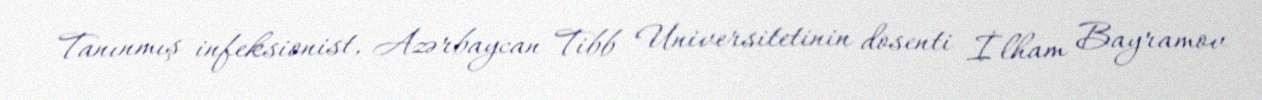
Tanınmış infeksionist, Azərbaycan Tibb Universitetinin dosenti İlham Bayramov